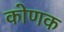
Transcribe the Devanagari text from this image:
कोणक